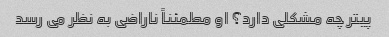
پیتر چه مشکلی دارد؟ او مطمئناً ناراضی به نظر می رسد